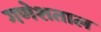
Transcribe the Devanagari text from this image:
गणेशताल